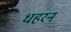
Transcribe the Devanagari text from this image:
धहरन